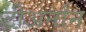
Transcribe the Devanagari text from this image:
टीअर्नान